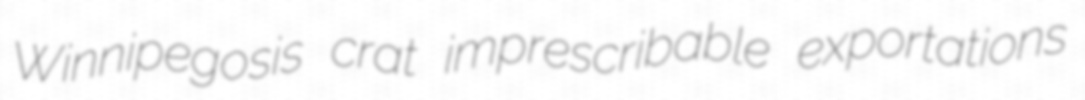
Winnipegosis crat imprescribable exportations